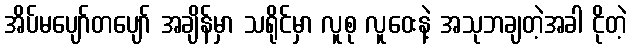
အိပ်မပျော်တပျော် အချိန်မှာ သရိုင်မှာ လူစု လူဝေးနဲ့ အသုဘချတဲ့အခါ ငိုတဲ့